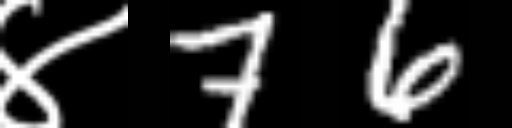
Text: ४76